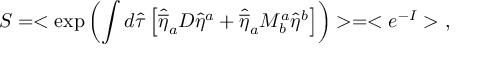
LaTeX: S = < \exp \left( \int d \hat { \tau } \left[ \hat { \overline { { { \eta } } } } _ { a } D \hat { \eta } ^ { a } + \hat { \overline { { { \eta } } } } _ { a } M _ { b } ^ { a } \hat { \eta } ^ { b } \right] \right) > = < e ^ { - I } > \ ,